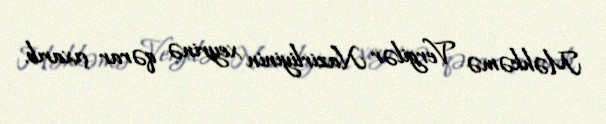
Məhkəmə Vergilər Nazirliyinin xeyrinə qərar çıxarıb.